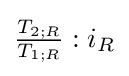
{\tfrac {T_{2;R}}{T_{1;R}}}:{i_{R}}